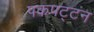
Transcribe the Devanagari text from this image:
पकपट्टन